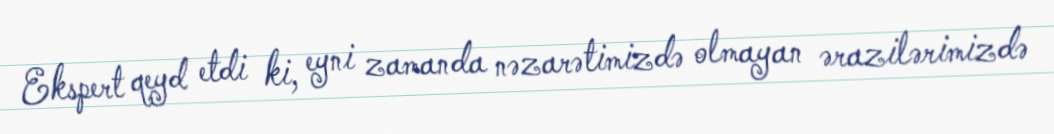
Ekspert qeyd etdi ki, eyni zamanda nəzarətimizdə olmayan ərazilərimizdə